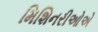
મિશિનરીઓએ